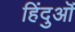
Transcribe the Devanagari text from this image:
हिंदुऒं